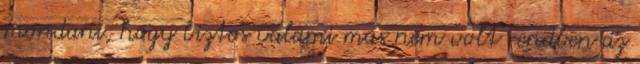
mondani, hogy biztos valami más nem volt rendben az